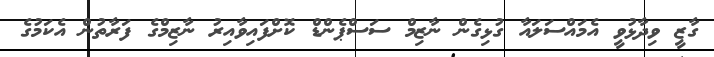
ގާޒީ ވިދާޅުވީ އެމައްސަލައާ ގުޅިގެން ނާޒިމް ސަސްޕެންޑް ކޮށްފައިވާއިރު ނާޒިމްގެ ފަރާތުން އެކަމުގެ